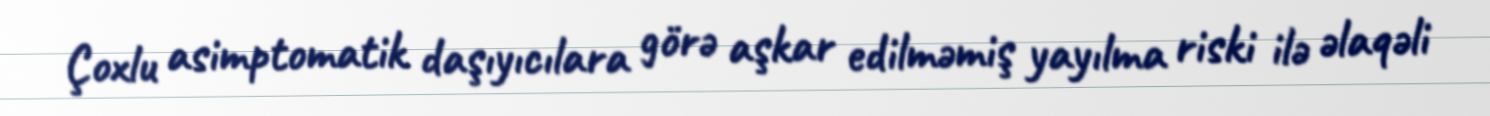
Çoxlu asimptomatik daşıyıcılara görə aşkar edilməmiş yayılma riski ilə əlaqəli